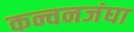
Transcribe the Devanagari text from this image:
कन्चनजंघा